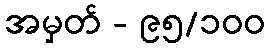
အမှတ် - ၉၅/၁၀၀